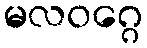
မလဝဂ္ဂေ